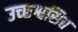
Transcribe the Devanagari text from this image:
उच्छ्श्वसित